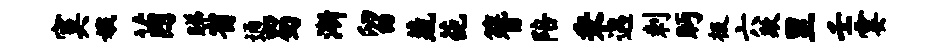
寞娥茵睇省通蜀渐留蔬葩簪陪秉遇剌眄极六欺里壬霎